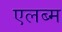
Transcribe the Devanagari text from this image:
एलब्म